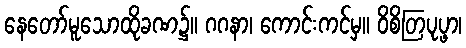
နေတော်မူသောထိုခဏ၌။ ဂဂနာ၊ ကောင်းကင်မှ။ ဝိစိတြပုပ္ဖာ၊